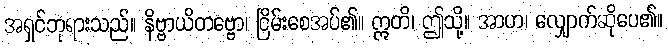
အရှင်ဘုရားသည်။ နိဗ္ဗာယိတဗ္ဗော၊ ငြိမ်းစေအပ်၏။ ဣတိ၊ ဤသို့။ အာဟ၊ လျှောက်ဆိုပေ၏။